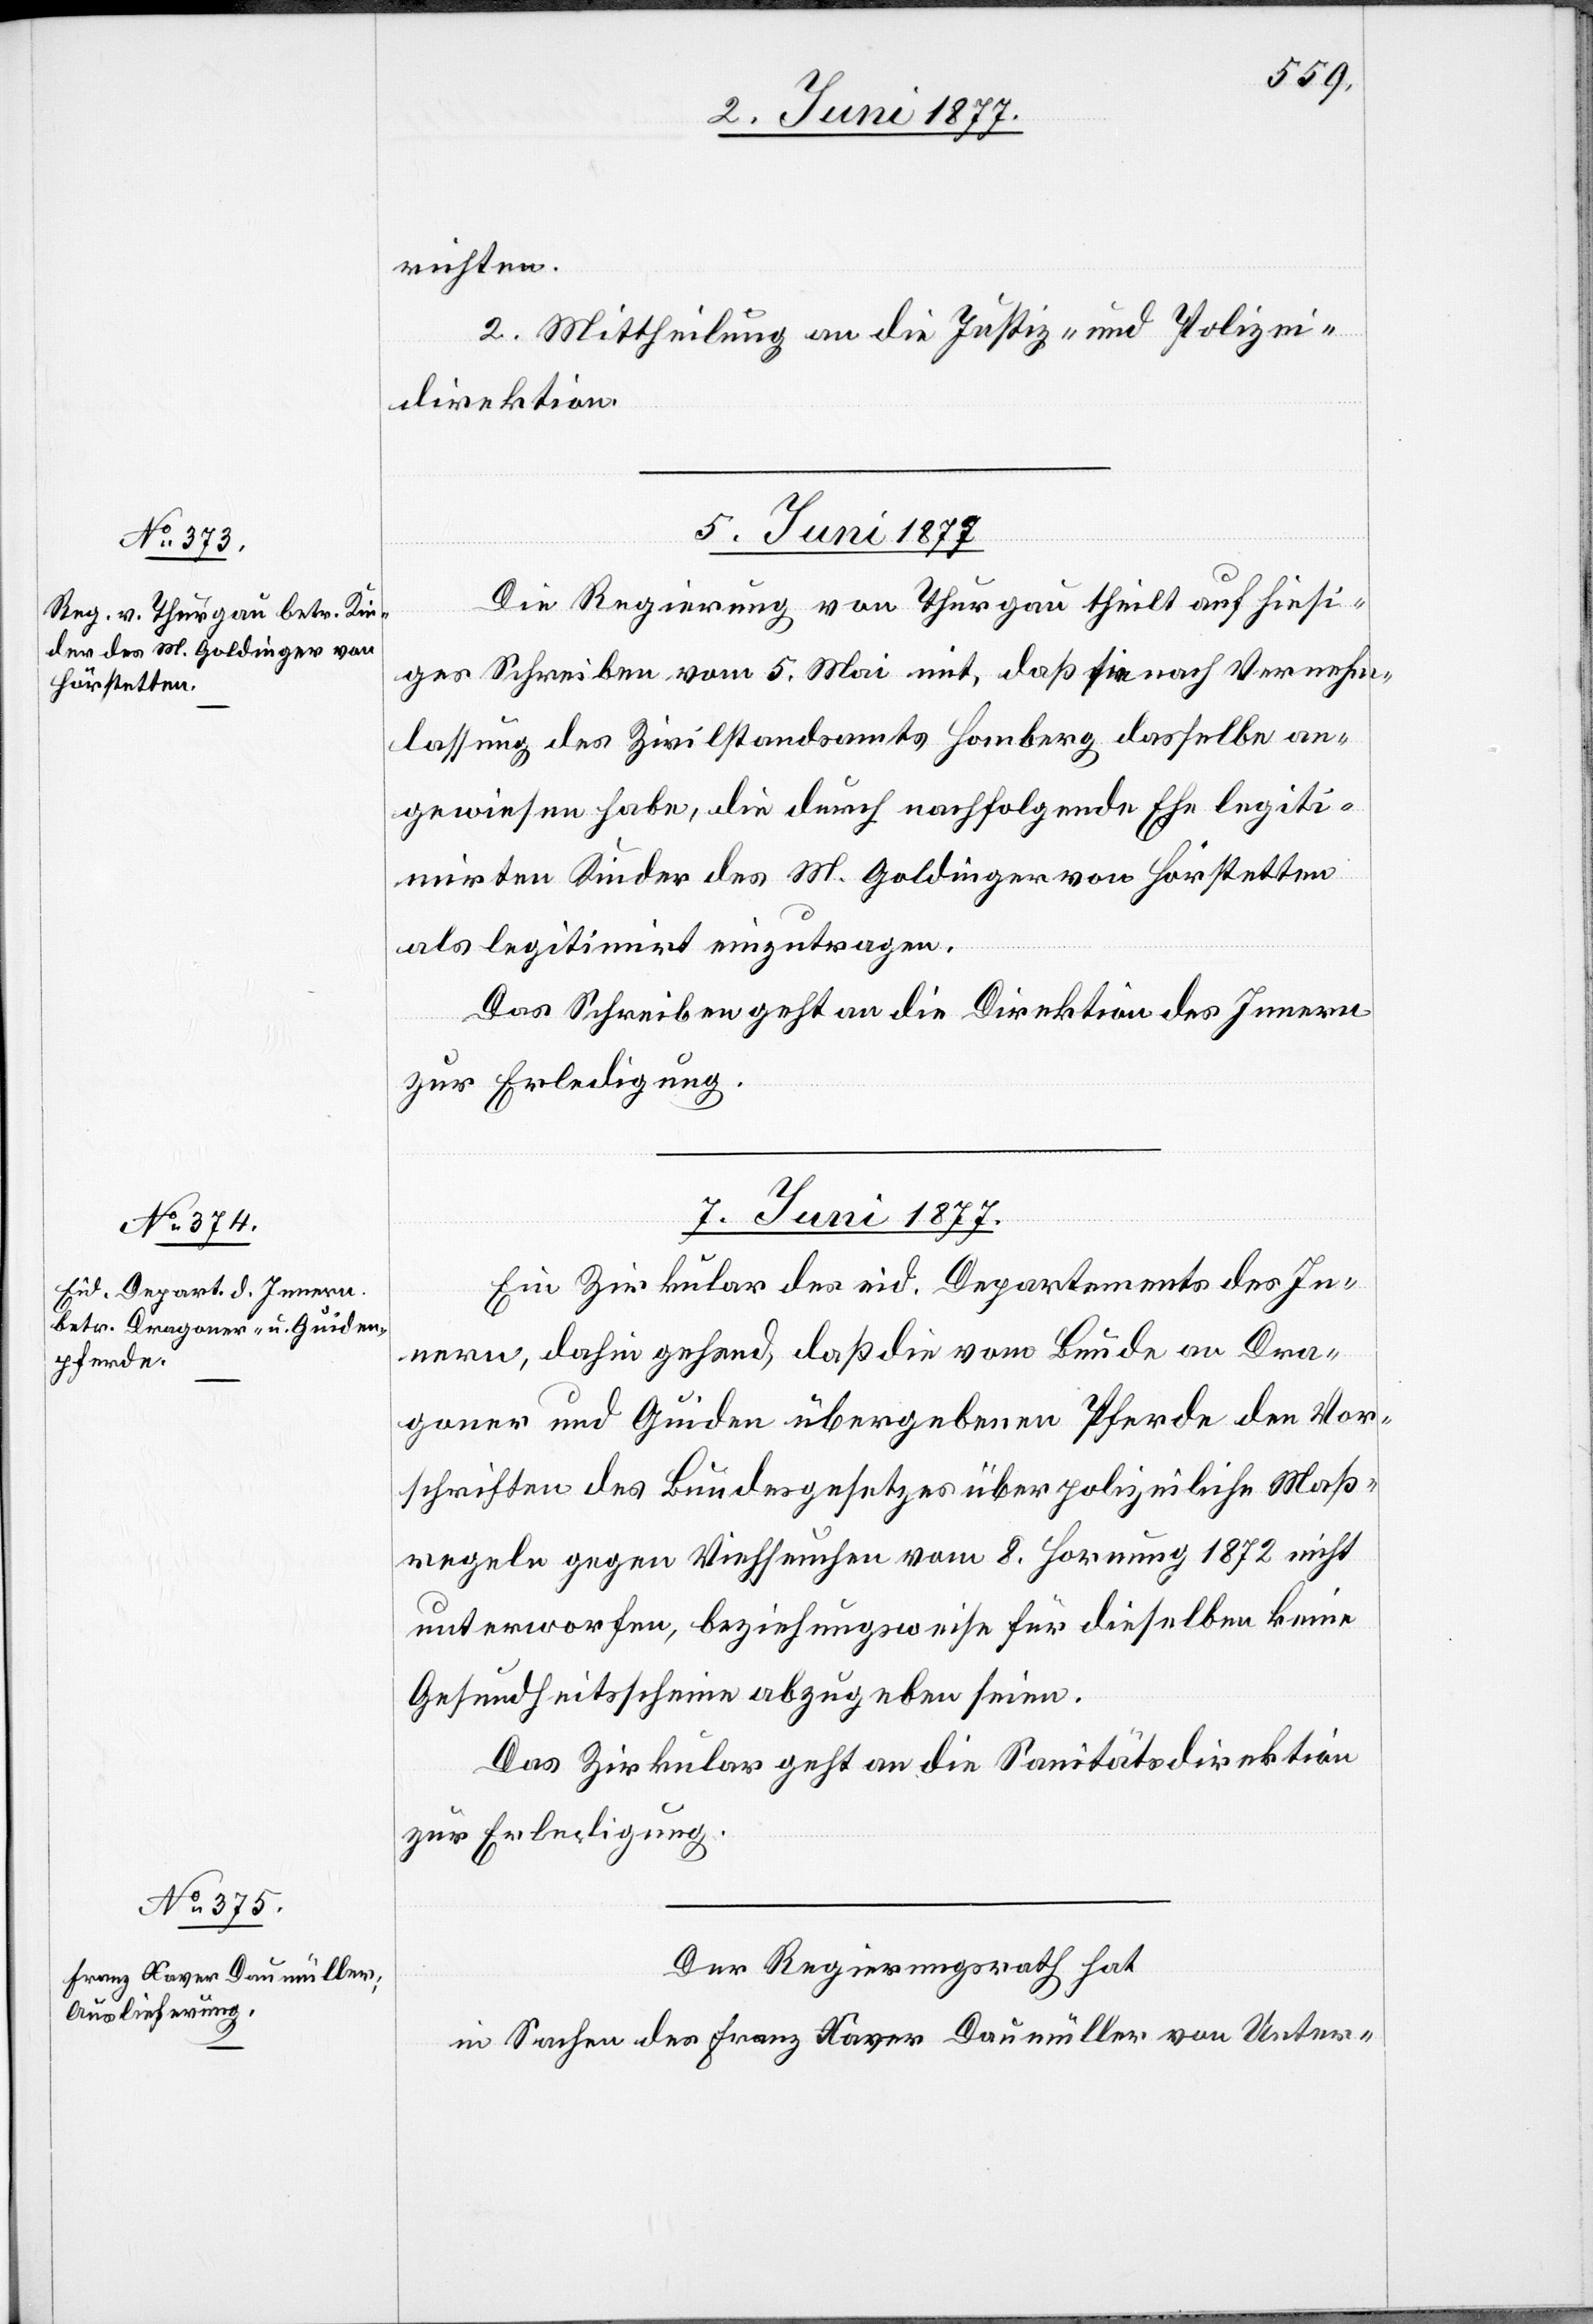
richten.
2. Mittheilung an die Justiz- und Polizei¬
direktion.
5. Juni 1877.
Die Regierung von Thurgau theilt auf hiesi¬
ges Schreiben vom 5. Mai mit, daß sie nach Vernehm¬
lassung des Zivilstandsamtes Homberg dasselbe an¬
gewiesen habe, die durch nachfolgende Ehe legiti¬
mirten Kinder des M. Goldinger von Hörstetten
als legitimirt einzutragen.
Das Schreiben geht an die Direktion des Innern
zur Erledigung.
7. Juni 1877.]
Ein Zirkular des eid. Departements des In¬
nern, dahin gehend, daß die vom Bunde an Dra¬
goner und Guiden übergebenen Pferde den Vor¬
schriften des Bundesgesetzes über polizeiliche Maß¬
regeln gegen Viehseuchen vom 8. Hornung 1872 nicht
unterworfen, beziehungsweise für dieselben keine
Gesundheitsscheine abzugeben seien.
Das Zirkular geht an die Sanitätsdirektion
zur Erledigung.
Der Regierungsrath hat
in Sachen des Franz Xaver Daumüller von Unter-